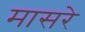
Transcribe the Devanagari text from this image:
मासरे